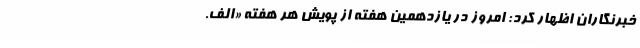
خبرنگاران اظهار کرد: امروز در یازدهمین هفته از پویش هر هفته «الف.